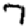
Digit: 7